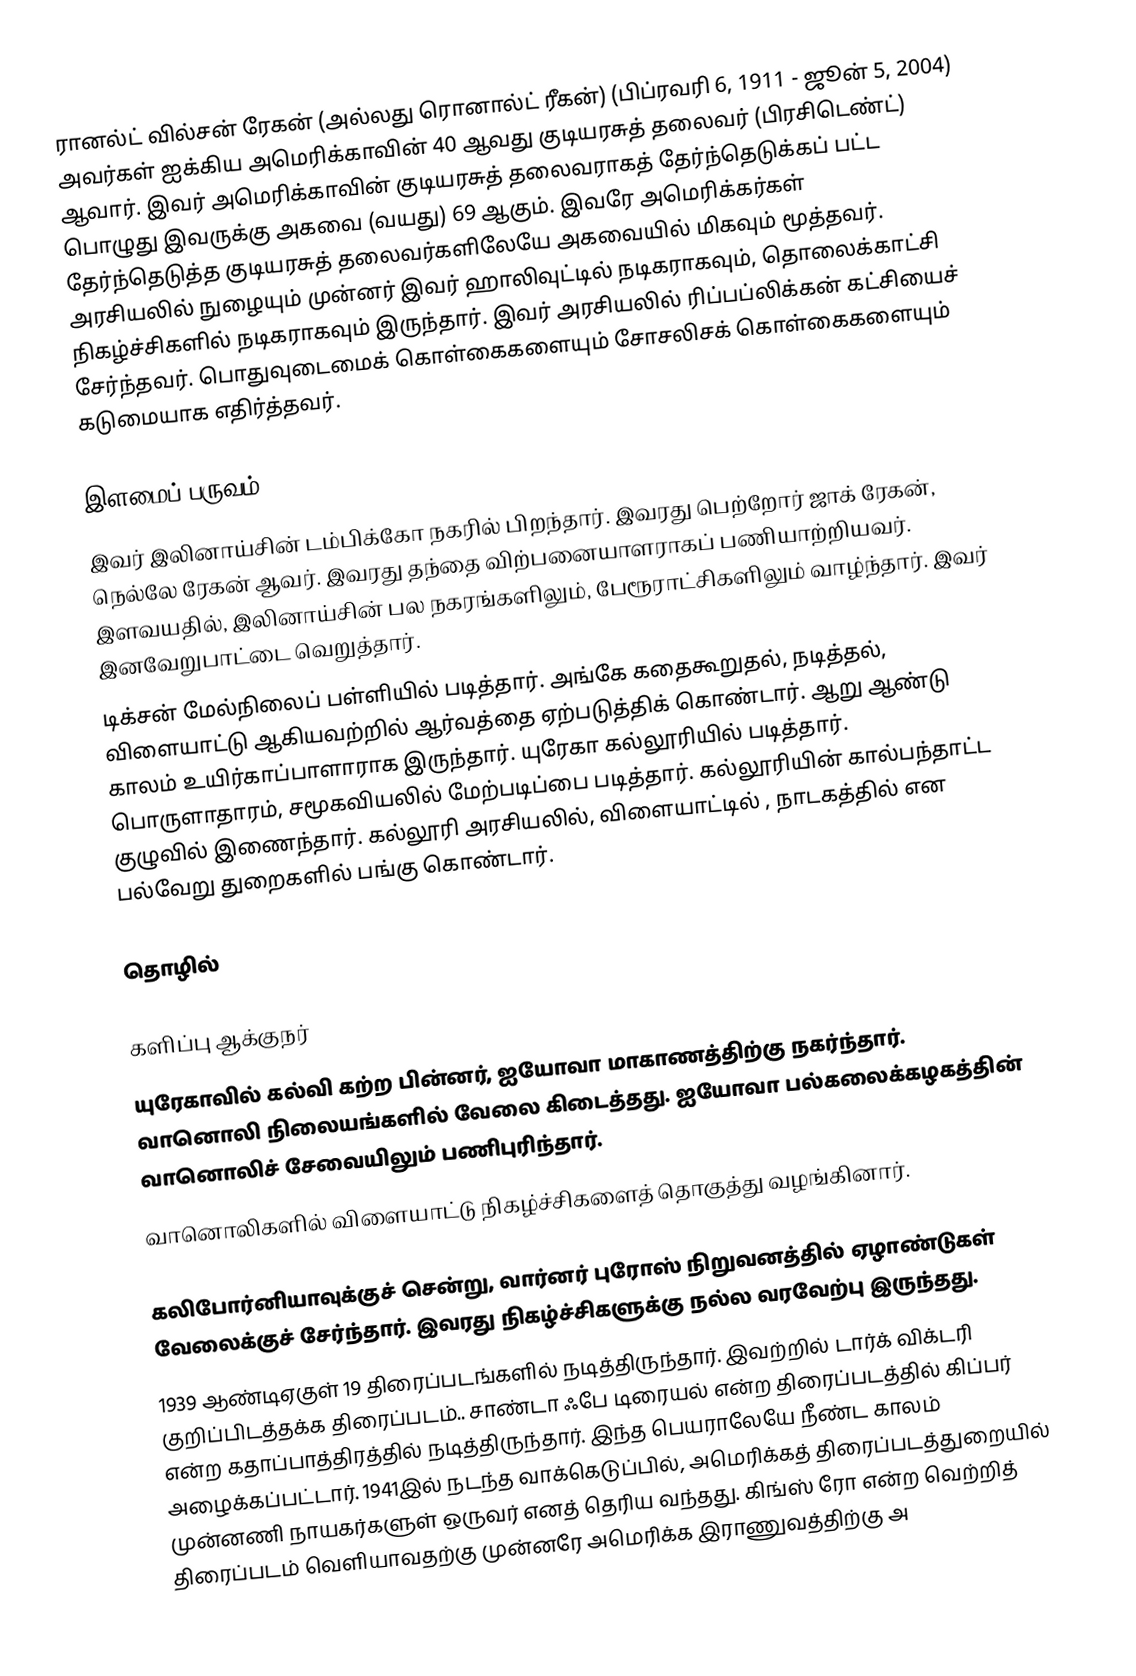
ரானல்ட் வில்சன் ரேகன் (அல்லது ரொனால்ட் ரீகன்) (பிப்ரவரி 6, 1911 - ஜூன் 5, 2004) அவர்கள் ஐக்கிய அமெரிக்காவின் 40 ஆவது குடியரசுத் தலைவர் (பிரசிடெண்ட்) ஆவார். இவர் அமெரிக்காவின் குடியரசுத் தலைவராகத் தேர்ந்தெடுக்கப் பட்ட பொழுது இவருக்கு அகவை (வயது) 69 ஆகும். இவரே அமெரிக்கர்கள் தேர்ந்தெடுத்த குடியரசுத் தலைவர்களிலேயே அகவையில் மிகவும் மூத்தவர். அரசியலில் நுழையும் முன்னர் இவர் ஹாலிவுட்டில் நடிகராகவும், தொலைக்காட்சி நிகழ்ச்சிகளில் நடிகராகவும் இருந்தார். இவர் அரசியலில் ரிப்பப்லிக்கன் கட்சியைச் சேர்ந்தவர். பொதுவுடைமைக் கொள்கைகளையும் சோசலிசக் கொள்கைகளையும் கடுமையாக எதிர்த்தவர்.

இளமைப் பருவம்
இவர் இலினாய்சின் டம்பிக்கோ நகரில் பிறந்தார். இவரது பெற்றோர் ஜாக் ரேகன், நெல்லே ரேகன் ஆவர். இவரது தந்தை விற்பனையாளராகப் பணியாற்றியவர். இளவயதில், இலினாய்சின் பல நகரங்களிலும், பேரூராட்சிகளிலும் வாழ்ந்தார். இவர் இனவேறுபாட்டை வெறுத்தார்.
டிக்சன் மேல்நிலைப் பள்ளியில் படித்தார். அங்கே கதைகூறுதல், நடித்தல், விளையாட்டு ஆகியவற்றில் ஆர்வத்தை ஏற்படுத்திக் கொண்டார். ஆறு ஆண்டு காலம் உயிர்காப்பாளாராக இருந்தார். யுரேகா கல்லூரியில் படித்தார். பொருளாதாரம், சமூகவியலில் மேற்படிப்பை படித்தார். கல்லூரியின் கால்பந்தாட்ட குழுவில் இணைந்தார்.  கல்லூரி அரசியலில், விளையாட்டில் , நாடகத்தில் என பல்வேறு துறைகளில் பங்கு கொண்டார்.

தொழில்

களிப்பு ஆக்குநர்
யுரேகாவில் கல்வி கற்ற பின்னர், ஐயோவா மாகாணத்திற்கு நகர்ந்தார். வானொலி நிலையங்களில் வேலை கிடைத்தது. ஐயோவா பல்கலைக்கழகத்தின் வானொலிச் சேவையிலும் பணிபுரிந்தார்.
வானொலிகளில் விளையாட்டு நிகழ்ச்சிகளைத் தொகுத்து வழங்கினார்.

கலிபோர்னியாவுக்குச் சென்று, வார்னர் புரோஸ் நிறுவனத்தில் ஏழாண்டுகள் வேலைக்குச் சேர்ந்தார். இவரது நிகழ்ச்சிகளுக்கு நல்ல வரவேற்பு இருந்தது.
1939 ஆண்டிஏகுள் 19 திரைப்படங்களில் நடித்திருந்தார். இவற்றில் டார்க் விக்டரி குறிப்பிடத்தக்க திரைப்படம்.. சாண்டா ஃபே டிரையல் என்ற திரைப்படத்தில் கிப்பர் என்ற கதாப்பாத்திரத்தில் நடித்திருந்தார். இந்த பெயராலேயே நீண்ட காலம் அழைக்கப்பட்டார். 1941இல் நடந்த வாக்கெடுப்பில், அமெரிக்கத் திரைப்படத்துறையில் முன்னணி நாயகர்களுள் ஒருவர் எனத் தெரிய வந்தது. கிங்ஸ் ரோ என்ற வெற்றித் திரைப்படம் வெளியாவதற்கு முன்னரே அமெரிக்க இராணுவத்திற்கு அ